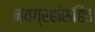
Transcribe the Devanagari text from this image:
नवग्रहांसहित